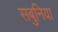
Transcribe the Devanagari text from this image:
सबुनिया